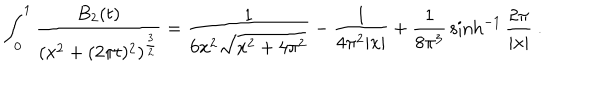
LaTeX: \int _ { 0 } ^ { 1 } { \frac { B _ { 2 } ( t ) } { ( x ^ { 2 } + ( 2 \pi t ) ^ { 2 } ) ^ { { \frac { 3 } { 2 } } } } } = { \frac { 1 } { 6 x ^ { 2 } \sqrt { x ^ { 2 } + 4 \pi ^ { 2 } } } } - { \frac { 1 } { 4 \pi ^ { 2 } | x | } } + { \frac { 1 } { 8 \pi ^ { 3 } } } \sinh ^ { - 1 } { \frac { 2 \pi } { | x | } } \ .